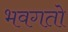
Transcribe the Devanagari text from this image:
भवगतो